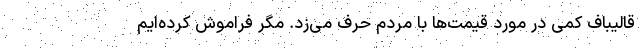
قالیباف کمی در مورد قیمت‌ها با مردم حرف می‌زد. مگر فراموش کرده‌ایم